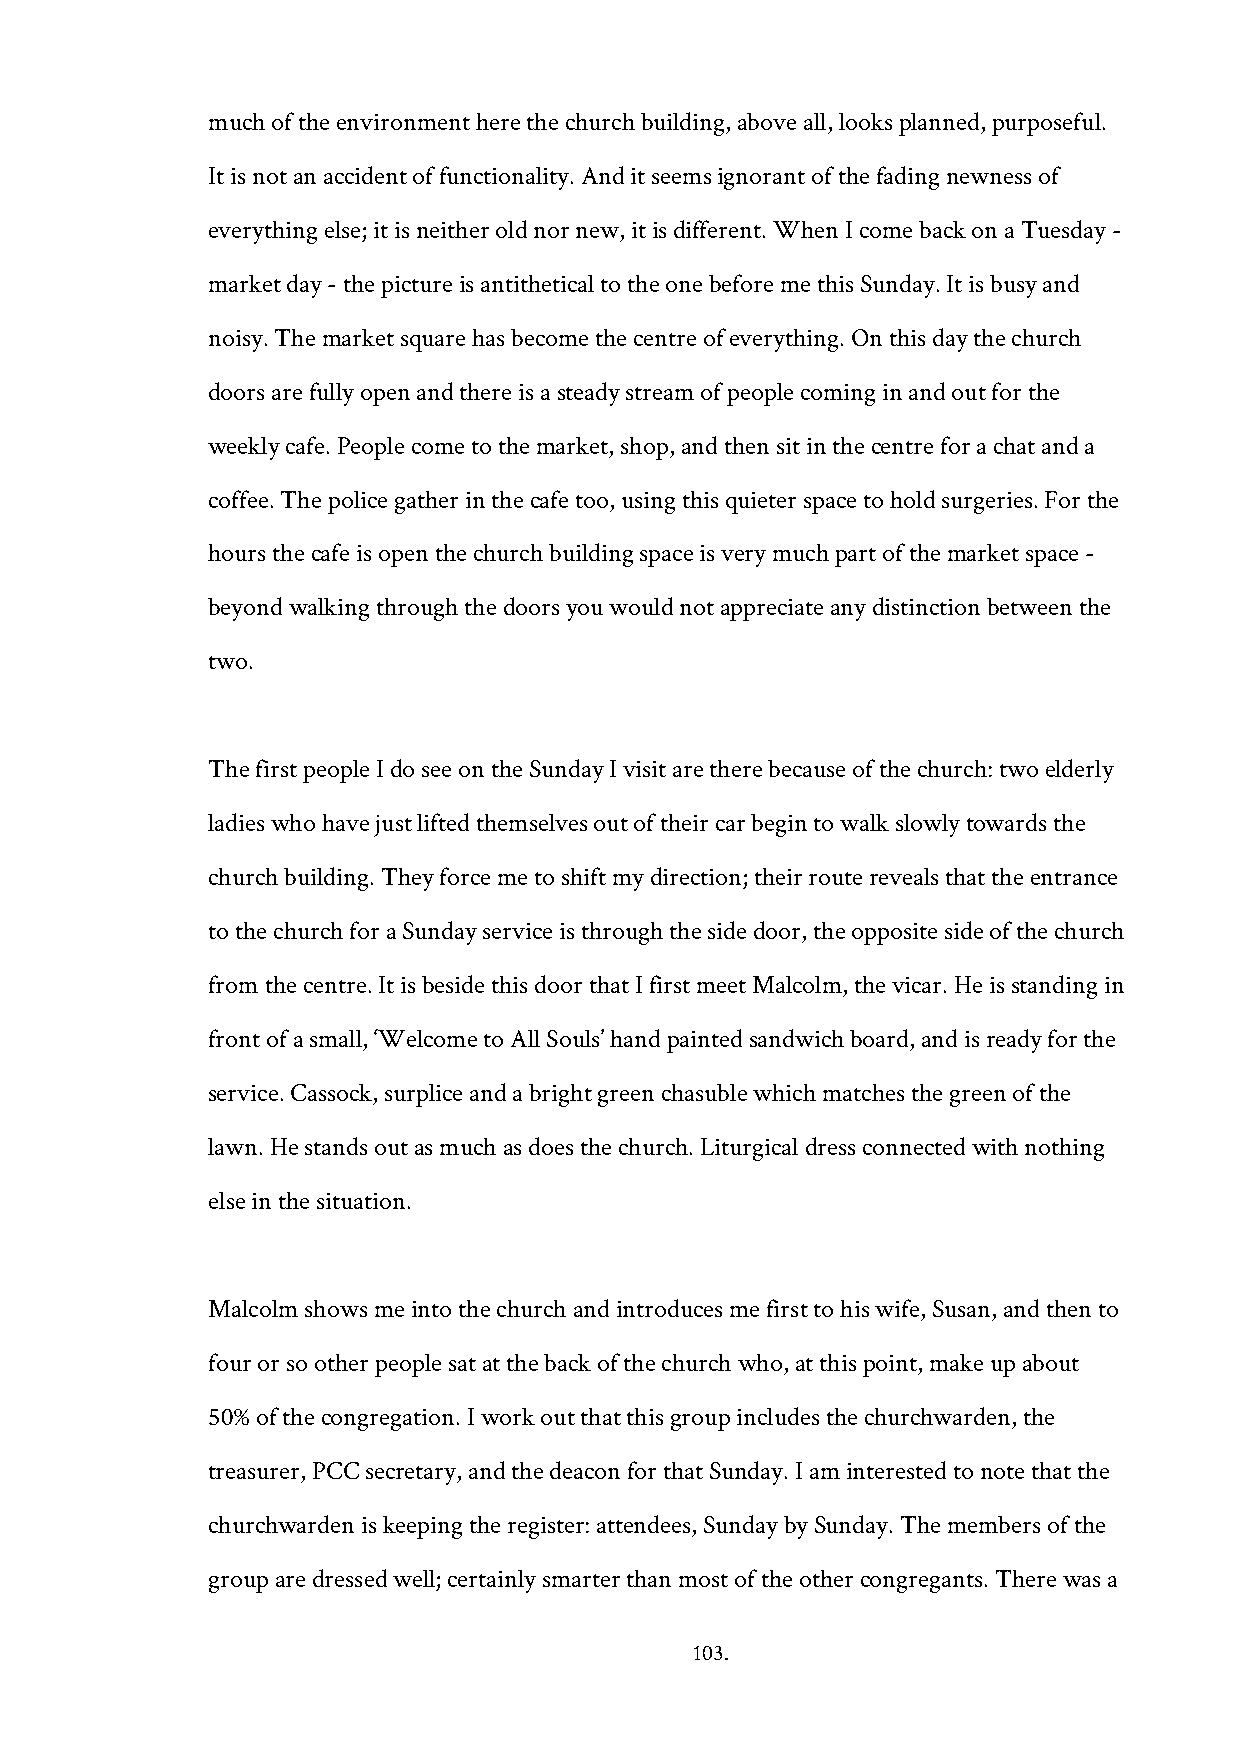
much of the environment here the church building, above all, looks planned, purposeful.
 It is not an accident of functionality. And it seems ignorant of the fading newness of
 everything else; it is neither old nor new, it is different. When I come back on a Tuesday -
 market day - the picture is antithetical to the one before me this Sunday. It is busy and
 noisy. The market square has become the centre of everything. On this day the church
 doors are fully open and there is a steady stream of people coming in and out for the
 weekly cafe. People come to the market, shop, and then sit in the centre for a chat and a
 coffee. The police gather in the cafe too, using this quieter space to hold surgeries. For the
 hours the cafe is open the church building space is very much part of the market space -
 beyond walking through the doors you would not appreciate any distinction between the
 two.
 The first people I do see on the Sunday I visit are there because of the church: two elderly
 ladies who have just lifted themselves out of their car begin to walk slowly towards the
 church building. They force me to shift my direction; their route reveals that the entrance
 to the church for a Sunday service is through the side door, the opposite side of the church
 from the centre. It is beside this door that I first meet Malcolm, the vicar. He is standing in
 front of a small, ‘Welcome to All Souls’ hand painted sandwich board, and is ready for the
 service. Cassock, surplice and a bright green chasuble which matches the green of the
 lawn. He stands out as much as does the church. Liturgical dress connected with nothing
 else in the situation.
 Malcolm shows me into the church and introduces me first to his wife, Susan, and then to
 four or so other people sat at the back of the church who, at this point, make up about
 50% of the congregation. I work out that this group includes the churchwarden, the
 treasurer, PCC secretary, and the deacon for that Sunday. I am interested to note that the
 churchwarden is keeping the register: attendees, Sunday by Sunday. The members of the
 group are dressed well; certainly smarter than most of the other congregants. There was a
 103.